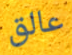
عالق